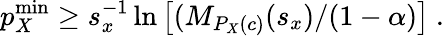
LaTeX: p_{X}^{\mathrm{min}}\geq s_{x}^{-1}\ln\left[(M_{P_{X}(c)}(s_{x})/(1-\alpha)\right]~.